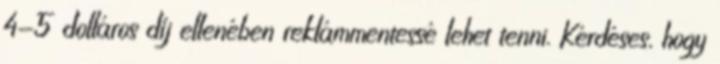
4-5 dolláros díj ellenében reklámmentessé lehet tenni. Kérdéses, hogy